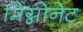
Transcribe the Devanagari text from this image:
मिग्नोनेट